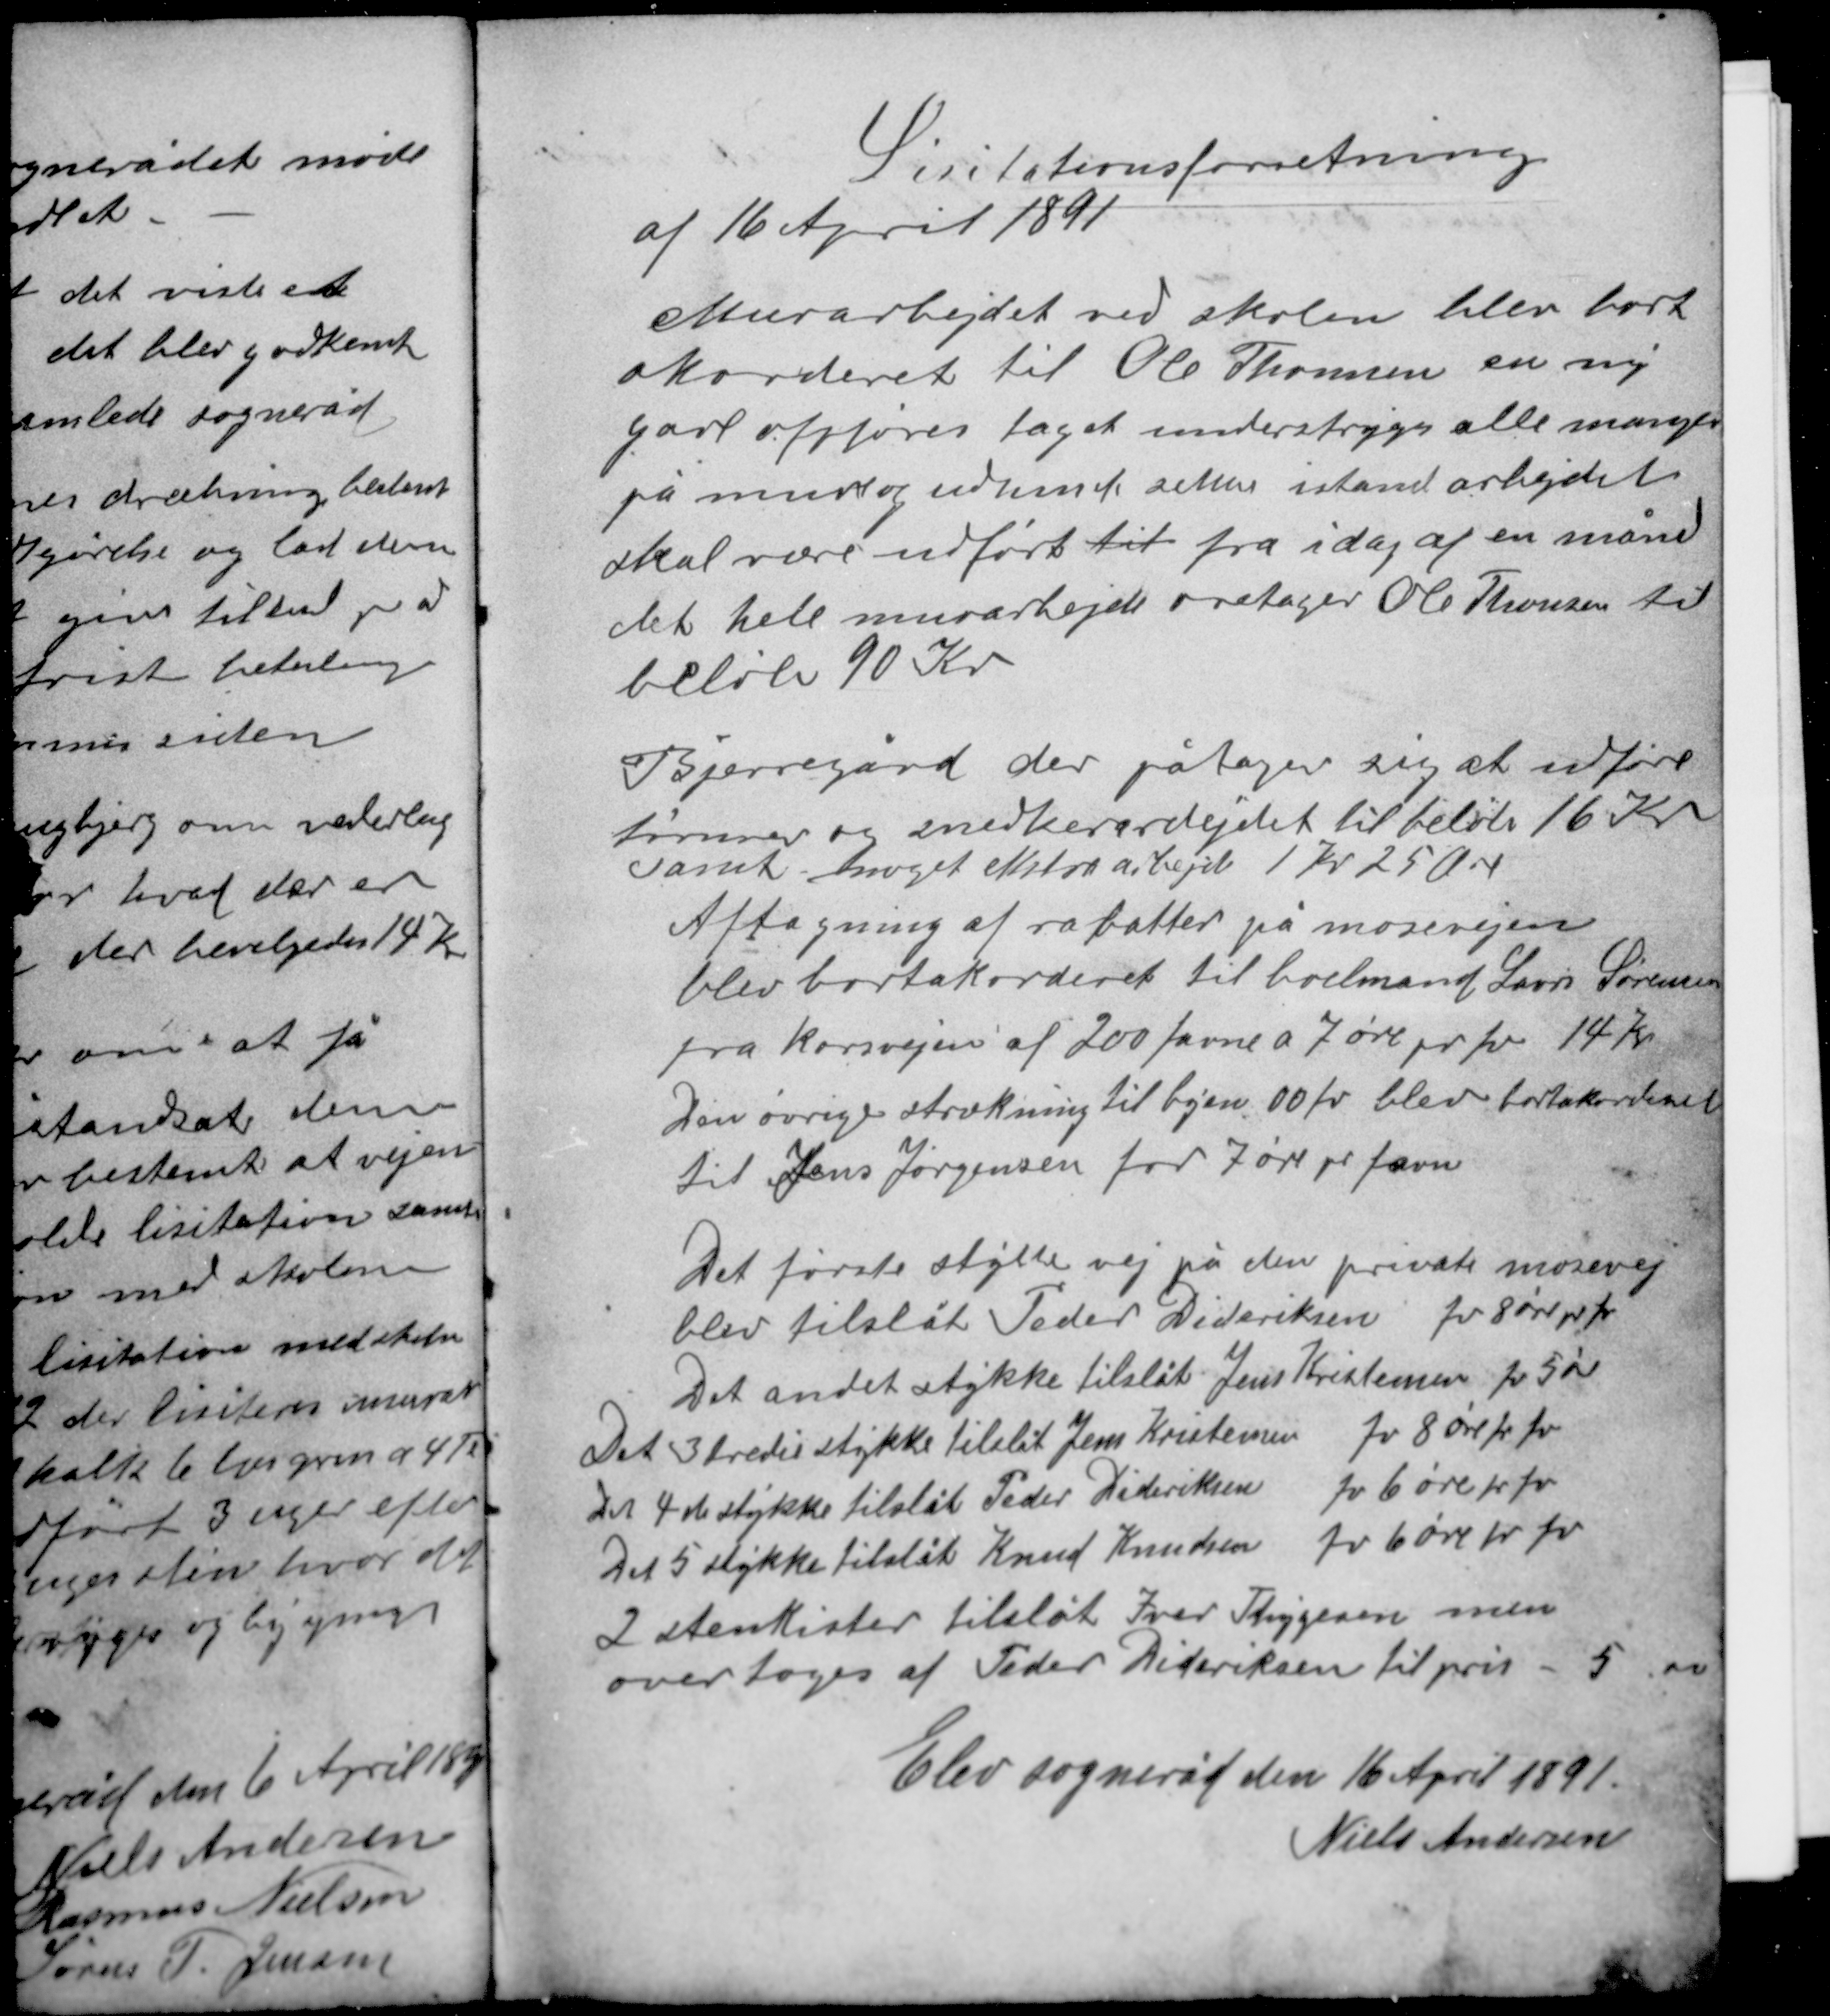
Transskription:
Lisitationsforretning
af 16 April 1891

Murarbejdet ved skolen blev bort-
akorderet til Ole Thomsen en ny
gavl opføres taget understryges alle mangler
på mure og udhuse sættes istand arbejdet
skal være udført til fra idag af en måned
det hele murarbejde overtager Ole Thomsen til
beløb 90 Kr.

Bjerregård der påtager sig at udføre
tømrer og snedkerarbejdet til beløb 16 Kr
samt noget ekstra arbejde 1 Kr 25 Øre
Aftagning af rabatter på mosevejen
blev bortakorderet til boelsmand Lars Sørensen
fra korsvejen af 200 favne a 7 øre pr fv 14 Kr
Den øvrige strækning til byen 00 fv blev bortakorderet
til Jens Jørgensen for 7 øre pr favn.

Det første stykke vej på den private mosevej
blev tilslåt Peder Dideriksen fv 8 øre pr fv
Det andet stykke tilslåt Jens Kristensen fv 5 øre
Det 3 tredie stykke tilslåt Jens Kristensen fv 8 øre pr fv
Det 4de stykke tilslåt Peder Dideriksen fv 6 øre pr fv
Det 5 stykke tilslåt Knud Knudsen fv 6 øre pr fv
2 stenkister tilslåt Iver Thygesen men
overtoges af Peder Dideriksen til pris - 5 øre

Elev sogneråd den 16 April 1891
Niels Andersen